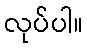
လုပ်ပါ။